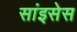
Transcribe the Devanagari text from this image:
सांइसेस